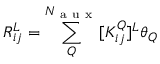
R _ { i j } ^ { L } = \sum _ { Q } ^ { N _ { \mathrm { ~ a ~ u ~ x ~ } } } [ K _ { i j } ^ { Q } ] ^ { L } \theta _ { Q }